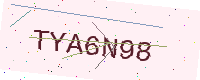
Text: TYA6N98